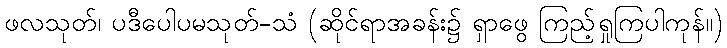
ဖလသုတ်၊ ပဒီပေါပမသုတ်-သံ (ဆိုင်ရာအခန်း၌ ရှာဖွေ ကြည့်ရှုကြပါကုန်။)